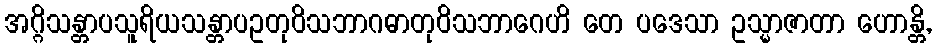
အဂ္ဂိသန္တာပသူရိယသန္တာပဥတုဝိသဘာဂဓာတုဝိသဘာဂေဟိ တေ ပဒေသာ ဥသ္မာဇာတာ ဟောန္တိ,